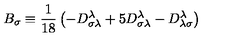
B _ { \sigma } \equiv \frac { 1 } { 1 8 } \left( - D _ { \sigma \lambda } ^ { \lambda } + 5 D _ { \sigma \lambda } ^ { \lambda } - D _ { \lambda \sigma } ^ { \lambda } \right)